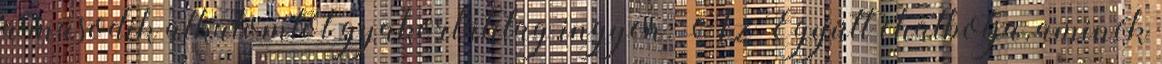
a második alkalomtól gyakorlatilag ingyen. Az Együtt chatbotja, aminek